Indian journal of veterinary science and animal husbandry - Volume 9,
Year: 1939
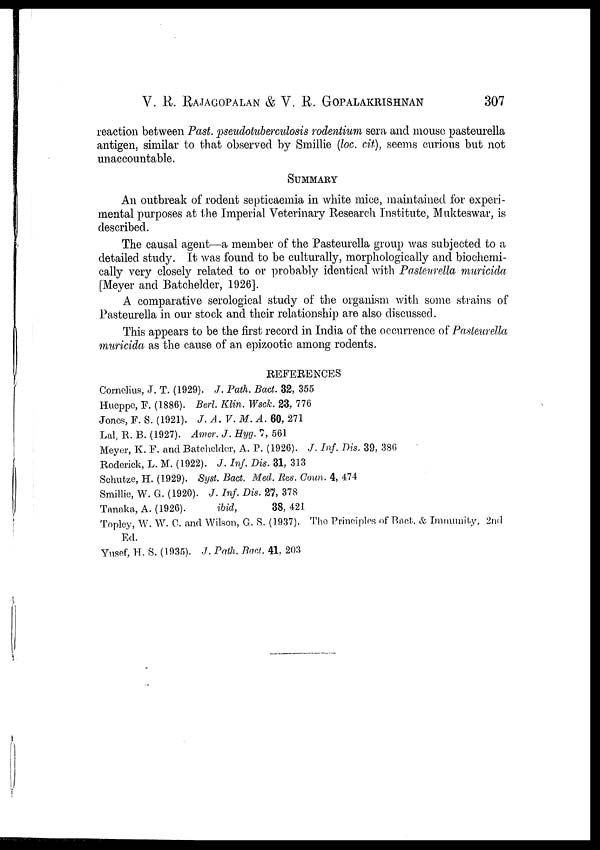
V. R. RAJAGOPALAN & V. R. GOPALAKRISHNAN 307
reaction between Past. pseudotuberculosis rodentium sera and mouse pasteurella
antigen, similar to that observed by Smillie (loc. cit), seems curious but not
unaccountable.
SUMMARY
An outbreak of rodent septicaemia in white mice, maintained for experi-
mental purposes at the Imperial Veterinary Research Institute, Mukteswar, is
described.
The causal agent—a member of the Pasteurella group was subjected to a
detailed study. It was found to be culturally, morphologically and biochemi-
cally very closely related to or probably identical with Pasteurella muricida
[Meyer and Batchelder, 1926].
A comparative serological study of the organism with some strains of
Pasteurella in our stock and their relationship are also discussed.
This appears to be the first record in India of the occurrence of Pasteurella
muricida as the cause of an epizootic among rodents.
REFERENCES
Cornelius, J. T. (1929). J. Path. Bact. 32, 355
Hueppe, F. (1886). Berl. Klin. Wsck. 23, 776
Jones, F. S. (1921). J. A. V. M. A. 60, 271
Lal, R. B. (1927). Amer. J. Hyg. 7, 561
Meyer, K. F. and Batchelder, A. P. (1926). J. Inf. Dis. 39, 386
Roderick, L. M. (1922). J. Inf. Dis. 31, 313
Schutze, H. (1929). Syst. Bact. Med. Res. Coun. 4, 474
Smillie, W. G. (1920). J. Inf. Dis. 27, 378
Tanaka, A. (1926).
ibid,
38, 421
Topley, W. W. C. and Wilson, G. S. (1937). The Principles of Bact. & Immunity, 2nd
Ed.
Yusef, H. S. (1935). J. Path. Bact. 41, 203